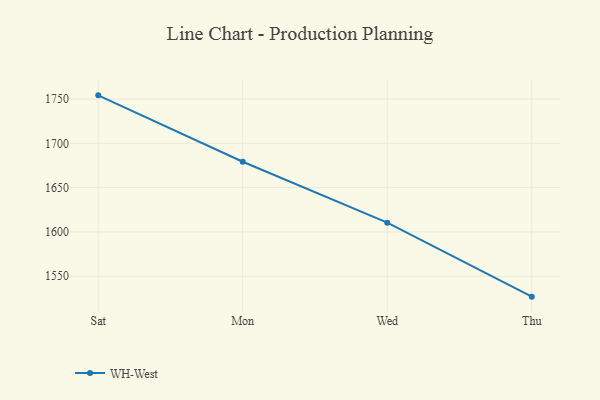
{"axis": {"x": "Day", "y": "Page Views"}, "legend": ["WH-West"], "data": [{"x": "Sat", "y": 1754.2, "type": "WH-West"}, {"x": "Mon", "y": 1679.3, "type": "WH-West"}, {"x": "Wed", "y": 1610.5, "type": "WH-West"}, {"x": "Thu", "y": 1527.0, "type": "WH-West"}]}